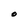
Character: O